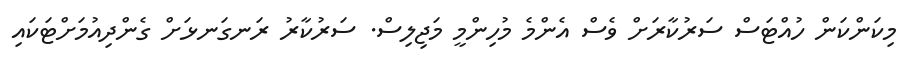
މިކަންކަން ހުއްޓަސް ސަރުކާރަށް ވެސް އެންމެ މުހިންމީ މަޖިލިސް. ސަރުކާރު ރަނގަނޅަށް ގެންދިއުމަށްޓަކައި